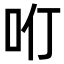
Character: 𠯼